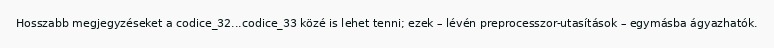
Hosszabb megjegyzéseket a codice_32...codice_33 közé is lehet tenni; ezek – lévén preprocesszor-utasítások – egymásba ágyazhatók.